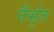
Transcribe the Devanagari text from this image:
नैर्भृत